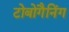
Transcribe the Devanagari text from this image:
टोबोगैनिंग